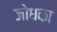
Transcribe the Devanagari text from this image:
जोधका